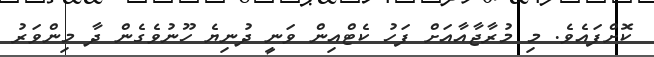
ކޮށްފައެވެ. މި މުރާޖާއާއަށް ފަހު ކެޓްއިން ވަނީ ދުނިޔެ ހޫނުވެގެން ދާ މިންވަރު